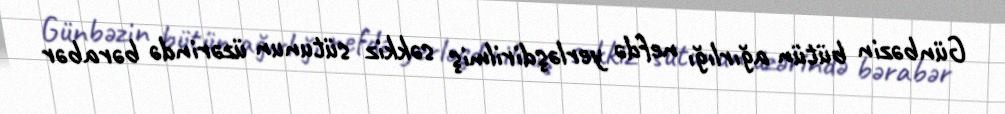
Günbəzin bütün ağırlığı nefdə yerləşdirilmiş səkkiz sütunun üzərində bərabər